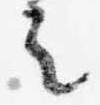
之